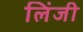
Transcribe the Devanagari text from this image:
लिंजी